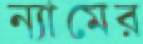
ন্যামের